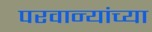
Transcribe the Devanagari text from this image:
परवान्यांच्या